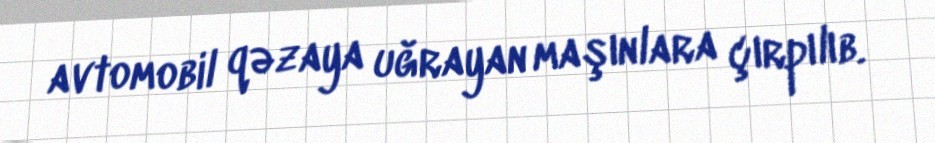
avtomobil qəzaya uğrayan maşınlara çırpılıb.